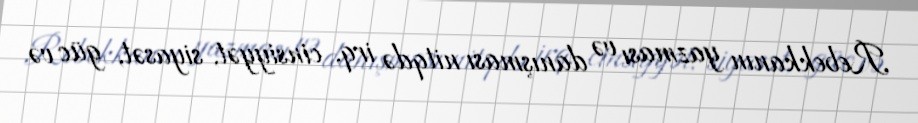
Rebekkanın yazması və danışması nitqdə irq, cinsiyyət, siyasət, güc və